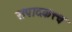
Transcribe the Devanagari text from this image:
संपादकत्त्व